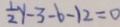
\frac { 1 } { 2 } y - 3 - b - 1 2 = 9